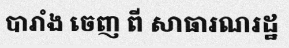
បារាំង ចេញ ពី សាធារណរដ្ឋ